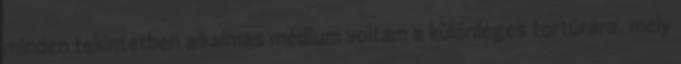
minden tekintetben alkalmas médium voltam a különleges tortúrára, mely